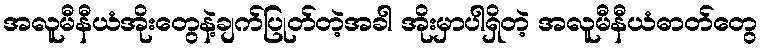
အလူမီနီယံအိုးတွေနဲ့ချက်ပြုတ်တဲ့အခါ အိုးမှာပါရှိတဲ့ အလူမီနီယံဓာတ်တွေ